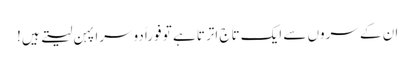
ان کے سروں سے ایک تاج اترتا ہے تو فوراً دوسرا پہن لیتے ہیں!